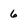
Character: 6